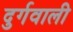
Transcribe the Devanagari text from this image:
दुर्गवाली